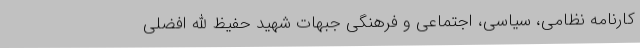
کارنامه نظامی، سیاسی، اجتماعی و فرهنگی جبهات شهید حفیظ الله افضلی